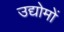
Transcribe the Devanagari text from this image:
उद्योमों